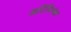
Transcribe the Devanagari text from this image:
आर्टिमिनोल